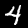
Digit: 4